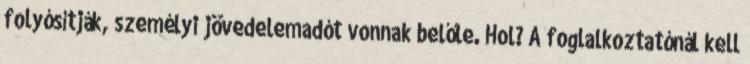
folyósítják, személyi jövedelemadót vonnak belőle. Hol? A foglalkoztatónál kell